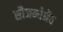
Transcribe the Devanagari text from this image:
सौजन्येनैव